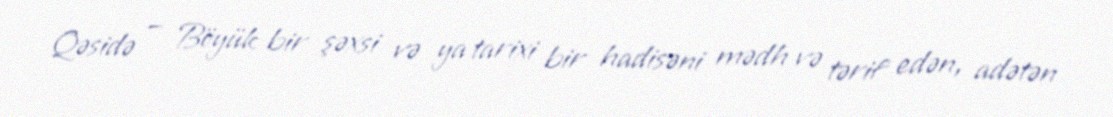
Qəsidə — Böyük bir şəxsi və ya tarixi bir hadisəni mədh və tərif edən, adətən